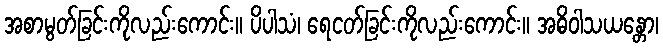
အစာမွတ်ခြင်းကိုလည်းကောင်း။ ပိပါသံ၊ ရေငတ်ခြင်းကိုလည်းကောင်း။ အဓိဝါသယန္တော၊